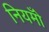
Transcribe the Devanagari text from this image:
नियमोँ